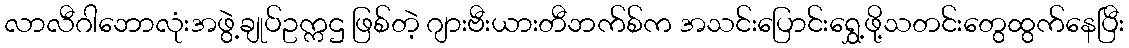
လာလီဂါဘောလုံးအဖွဲ့ချုပ်ဥက္ကဌ ဖြစ်တဲ့ ဂျားဗီးယားတီဘက်စ်က အသင်းပြောင်းရွှေ့ဖို့သတင်းတွေထွက်နေပြီး